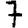
Digit: 7